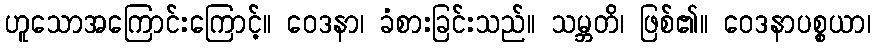
ဟူသောအကြောင်းကြောင့်။ ဝေဒနာ၊ ခံစားခြင်းသည်။ သမ္ဘတိ၊ ဖြစ်၏။ ဝေဒနာပစ္စယာ၊